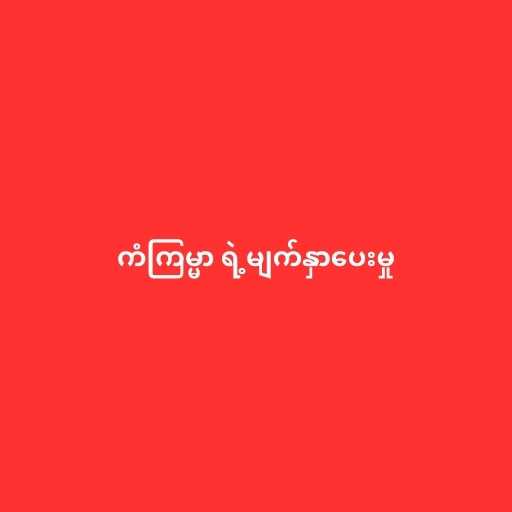
ကံကြမ္မာ ရဲ့မျက်နှာပေးမှု